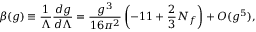
\beta ( g ) \equiv { \frac { 1 } { \Lambda } } { \frac { d g } { d \Lambda } } = { \frac { g ^ { 3 } } { 1 6 \pi ^ { 2 } } } \left( - 1 1 + { \frac { 2 } { 3 } } N _ { f } \right) + O ( g ^ { 5 } ) ,